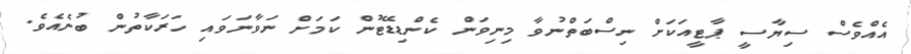
އެއްވެސް ސިޔާސީ ޕާޓީއަކަށް ނިސްބަތްނުވާ މިނިވަން ކެންޑިޑޭޓުން ކަމަށް ނަވާނަވައި ހަރަކާތުން ބުނެއެވެ.